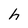
Character: h